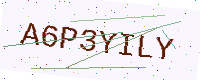
Text: A6P3YILY